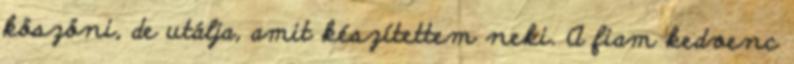
köszöni, de utálja, amit készítettem neki. A fiam kedvenc